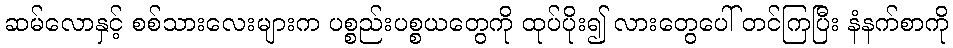
ဆမ်လောနှင့် စစ်သားလေးများက ပစ္စည်းပစ္စယတွေကို ထုပ်ပိုး၍ လားတွေပေါ် တင်ကြပြီး နံနက်စာကို